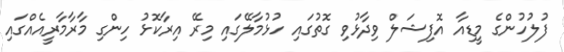
ފުލުހުންގެ މީޑިއާ އޮފިޝަލް ވިދާޅުވި ގޮތުގައި ހުޅުމާލޭގައި މިރޭ އިރާކޮޅު ހިންގި މާރާމާރީއެއްގައި